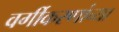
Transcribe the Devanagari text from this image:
वर्गीकरणांच्या